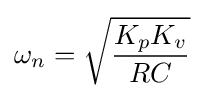
\omega _{n}={\sqrt {\frac {K_{p}K_{v}}{RC}}}